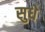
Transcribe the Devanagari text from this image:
सुधे